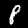
Digit: 8